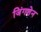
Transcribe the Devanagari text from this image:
जिंगशेन